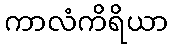
ကာလံကိရိယာ